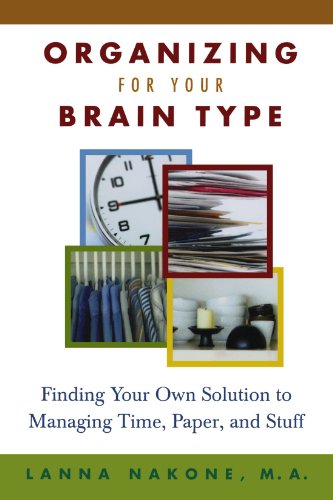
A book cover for Organizing for Your Brain Type: Finding Your Own Solution to Managing Time, Paper, and Stuff; Lanna Nakone; Self-Help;